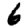
Digit: 6